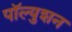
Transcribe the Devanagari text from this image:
पॉल्युशन